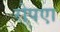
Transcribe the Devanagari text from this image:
रोपएा